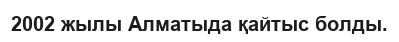
2002 жылы Алматыда қайтыс болды.